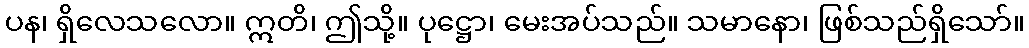
ပန၊ ရှိလေသလော။ ဣတိ၊ ဤသို့။ ပုဋ္ဌော၊ မေးအပ်သည်။ သမာနော၊ ဖြစ်သည်ရှိသော်။